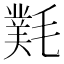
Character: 㲫